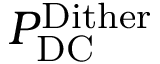
P _ { \mathrm { D C } } ^ { \mathrm { D i t h e r } }